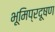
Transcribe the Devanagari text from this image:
भूमिप्रदूषण